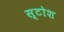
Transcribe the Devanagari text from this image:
स्टोश